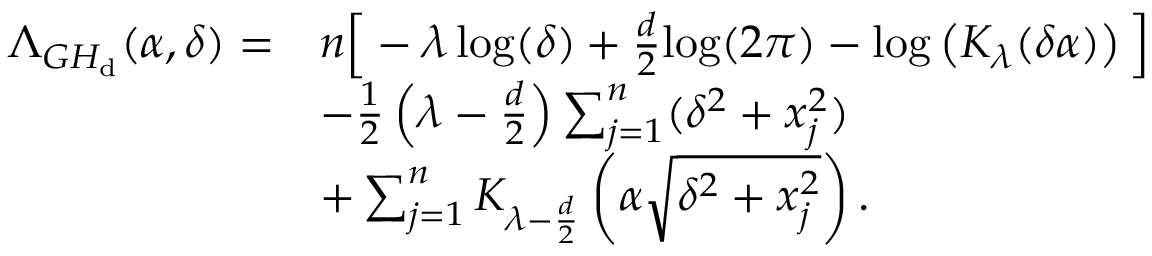
\begin{array} { r l } { \Lambda _ { \cal G H _ { \mathrm { d } } } ( \alpha , \delta ) = } & { n \Big [ - \lambda \log ( \delta ) + \frac { d } { 2 } \mathrm { l o g } ( 2 \pi ) - \log \left( K _ { \lambda } ( \delta \alpha ) \right) \Big ] } \\ & { - \frac { 1 } { 2 } \left( \lambda - \frac { d } { 2 } \right) \sum _ { j = 1 } ^ { n } ( \delta ^ { 2 } + x _ { j } ^ { 2 } ) } \\ & { + \sum _ { j = 1 } ^ { n } K _ { \lambda - \frac { d } { 2 } } \left( \alpha \sqrt { \delta ^ { 2 } + x _ { j } ^ { 2 } } \right) . } \end{array}